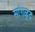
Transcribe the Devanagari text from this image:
सांगळूद